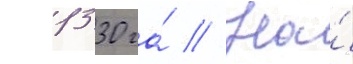
1330 га́ // На́